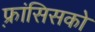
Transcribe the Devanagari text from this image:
फ़्रांसिसको